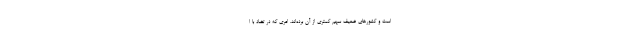
است و کشورهای ضعیف سهم کمتری از آن برده‌اند. امری که در تضاد با ا